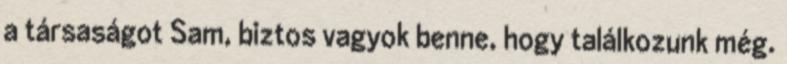
a társaságot Sam, biztos vagyok benne, hogy találkozunk még.